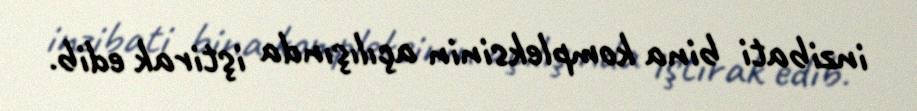
inzibati bina kompleksinin açılışında iştirak edib.